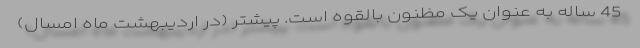
45 ساله به عنوان یک مظنون بالقوه است. پیشتر (در اردیبهشت ماه امسال)